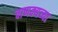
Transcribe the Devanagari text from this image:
चाणक्यच्या